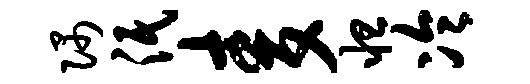
隅泯麦怛冷